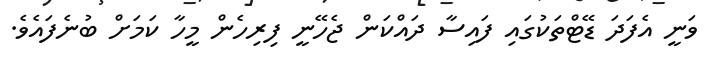
ވަނީ އެފަދަ ޑޭޓްތަކުގައި ފައިސާ ދައްކަން ޖެހޭނީ ފިރިހެން މީހާ ކަމަށް ބުނެފައެވެ.